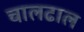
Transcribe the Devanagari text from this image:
चालढाल